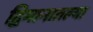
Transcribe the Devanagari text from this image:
द्विमानातल्या